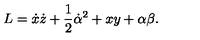
L = \dot { x } \dot { z } + \frac { 1 } { 2 } \dot { \alpha } ^ { 2 } + x y + \alpha \beta .